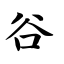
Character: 谷